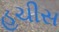
હચીસ